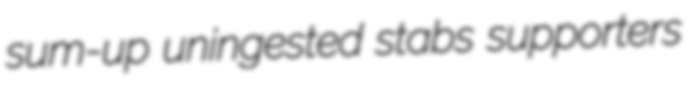
sum-up uningested stabs supporters